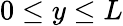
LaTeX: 0\le y\le L